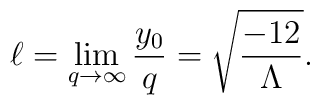
\ell=\lim_{q\to \infty} {y_0 \over q} = \sqrt{-12\over \Lambda}.